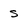
Character: s